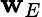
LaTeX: \mathbf{w}_{E}